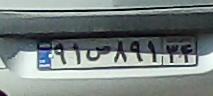
۹۱ص۸۹۱۳۴